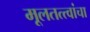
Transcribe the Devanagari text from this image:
मूलतत्त्वांचा